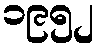
၁၉၅၂